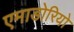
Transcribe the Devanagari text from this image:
एमाडोरियो